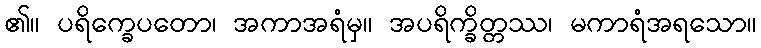
၏။ ပရိက္ခေပတော၊ အကာအရံမှ။ အပရိက္ခိတ္တဿ၊ မကာရံအရသော။